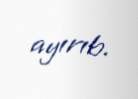
ayırıb.